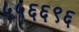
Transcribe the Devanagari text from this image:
५५६६९६